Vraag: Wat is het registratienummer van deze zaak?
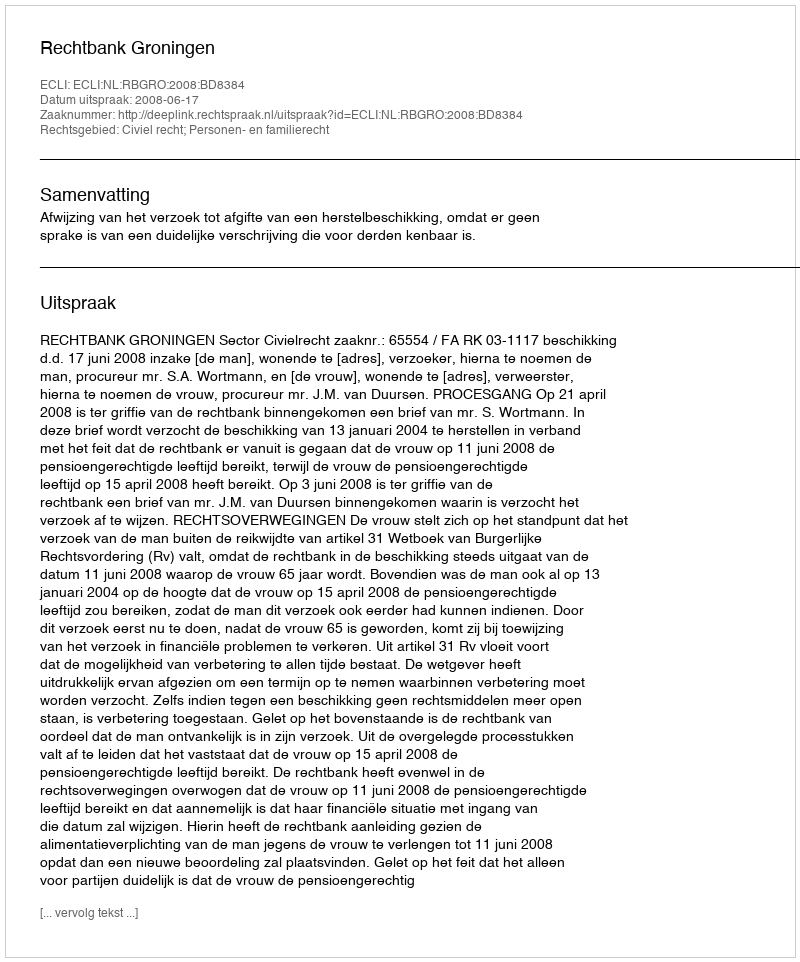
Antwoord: http://deeplink.rechtspraak.nl/uitspraak?id=ECLI:NL:RBGRO:2008:BD8384